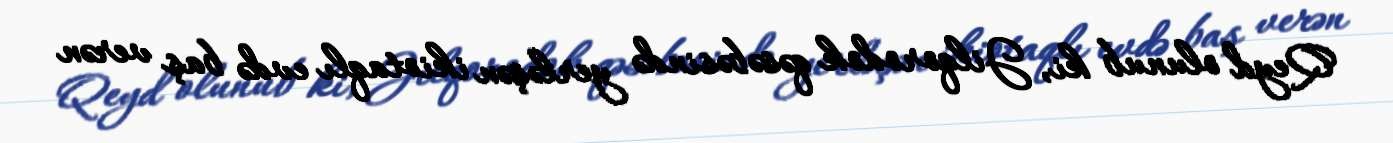
Qeyd olunub ki, Jilqorodok qəsəbəsində yerləşən ikiotaqlı evdə baş verən